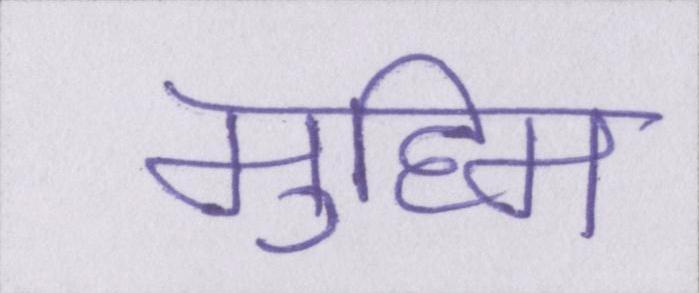
मुहिम